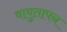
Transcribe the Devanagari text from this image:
वायुतापन